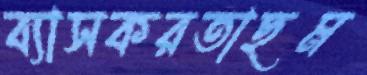
ব্যাসকরতাছম